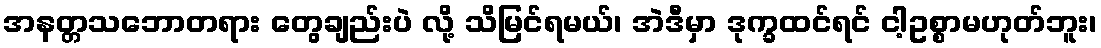
အနတ္တသဘောတရား တွေချည်းပဲ လို့ သိမြင်ရမယ်၊ အဲဒီမှာ ဒုက္ခထင်ရင် ငါ့ဥစ္စာမဟုတ်ဘူး၊